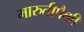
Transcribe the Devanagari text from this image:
मारुतीपैकी